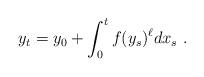
LaTeX: \begin{align*} y_t = y_0 + \int_0^t f(y_s)^\ell dx_s \ . \\\end{align*}